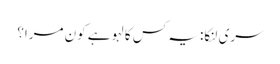
سری لنکا: یہ کس کا لہو ہے کون مرا؟